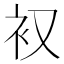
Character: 𮕧